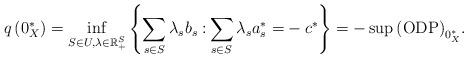
LaTeX: \begin{align*}q\left( 0_{X}^{\ast }\right) =\inf_{S\in U,{{{\lambda }\in }}\mathbb{R}_{+}^{S}}\left\{ {{{\sum\limits_{s\in S}{{\lambda _{s}b_{s}:}\sum\limits_{s\in S}{{\lambda _{s}a_{s}^{\ast }=}}}}-c^{\ast }}}\right\}=-\sup \mathrm{(ODP)}_{0_{X}^{\ast }}. \end{align*}